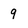
Character: 9